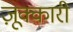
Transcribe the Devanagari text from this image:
ज़ूक्कारी